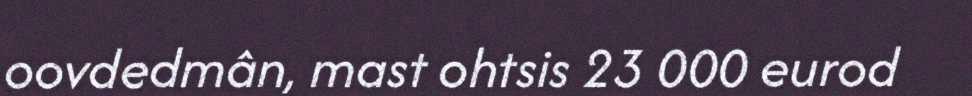
oovdedmân, mast ohtsis 23 000 eurod